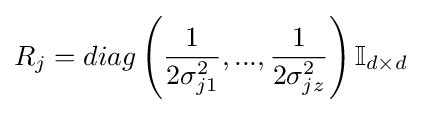
R_{j}=diag\left({\frac {1}{2\sigma _{j1}^{2}}},...,{\frac {1}{2\sigma _{jz}^{2}}}\right)\mathbb {I} _{d\times d}